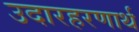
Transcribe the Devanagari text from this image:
उदारहरणार्थ